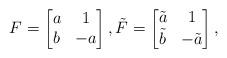
LaTeX: \begin{align*} F = \begin{bmatrix} a & 1 \\ b & -a \end{bmatrix}, \tilde F = \begin{bmatrix} \tilde a & 1 \\ \tilde b & -\tilde a \end{bmatrix},\end{align*}